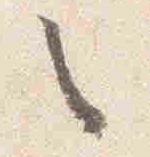
之